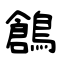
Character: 鶬